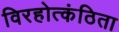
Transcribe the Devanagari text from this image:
विरहोत्कंठिता